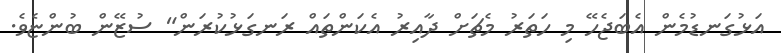
އަޅުގަނޑުމެން އެބަޖެހޭ މި ހަތަރު މެޗަށް ދާއިރު އެކަންތައް ރަނގަޅުކުރަން" ސުޒޭން ބުންޏެވެ.